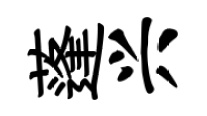
蓬兴